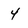
Character: 4